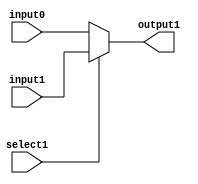
`timescale 1ns / 100ps
module mux16 (
input [15:0] input1,
input [15:0] input0,
input select1,
output [15:0] output1
);
    
//////////////////////////////////////////////////////////////
//// TODO: assign MUX's output1
assign output1 =  select1 ? input1 : input0;
//////////////////////////////////////////////////////////////  
endmodule
        
module shifter (
input	[15:0]	in,
input	[4:0]	RLamount,
input			lui,
output	[15:0]	out
);    
wire [15:0] out1,out2,out3,out4,out5,out6,out7,out8;

/////////////////////////////////////////////////////////////////////////
//// TODO: insert parameter
////  for right shift
mux16 mux16_minus_3 (.input1(in >> 1),.input0(in >> 9),.select1(RLamount[3]),.output1(out1));
mux16 mux16_minus_2 (.input1(out1),.input0(out1 >> 4),.select1(RLamount[2]),.output1(out2));
mux16 mux16_minus_1 (.input1(out2),.input0(out2 >> 2),.select1(RLamount[1]),.output1(out3));
mux16 mux16_minus_0 (.input1(out3),.input0(out3 >> 1),.select1(RLamount[0]),.output1(out4));

////  for left shift
mux16 mux16_plus_3 (.input1(in << 8),.input0(in),.select1(RLamount[3]),.output1(out5));
mux16 mux16_plus_2 (.input1(out5 << 4),.input0(out5),.select1(RLamount[2]),.output1(out6));
mux16 mux16_plus_1 (.input1(out6 << 2),.input0(out6),.select1(RLamount[1]),.output1(out7));
mux16 mux16_plus_0 (.input1(out7 << 1),.input0(out7),.select1(RLamount[0]),.output1(out8));

/////////////////////////////////////////////////////////////////////////
//// TODO: assign shifter's output
// need to consider lui value
// if lui == 1, always 8 bit logical shift
// else, shift as RLamount
assign out = lui ? in << 8 : (RLamount[4]? out4: out8);
//(RLamount[4] == 1)? out4: out8;
///////////////////////////////////////////////////////////////////////////

endmodule